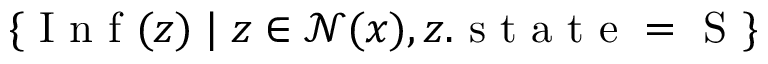
\{ \mathrm { ~ I ~ n ~ f ~ } ( z ) \; | \; z \in \mathcal { N } ( x ) , z . \mathrm { ~ s ~ t ~ a ~ t ~ e ~ = ~ S ~ } \}